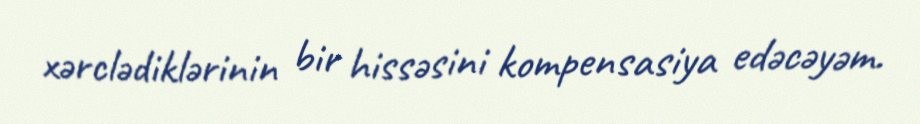
xərclədiklərinin bir hissəsini kompensasiya edəcəyəm.